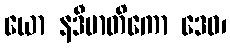
ယော နဒီမာတိကော ဒေဝ၊